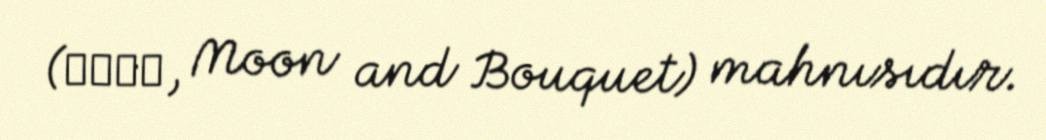
(月と花束, Moon and Bouquet) mahnısıdır.